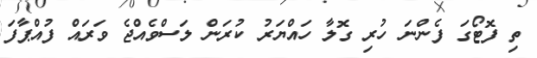
ތި ފޮޓޯގަ ފެންނަ ހުރި ގޮލާ ހައްޔަރު ކުރަން ލަސްވެއްޖެ ވަރައް ފުއްޕާފަ